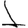
Digit: 1